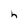
Character: h